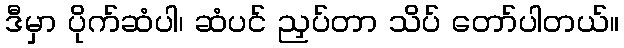
ဒီမှာ ပိုက်ဆံပါ၊ ဆံပင် ညှပ်တာ သိပ် တော်ပါတယ်။